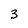
Character: 3